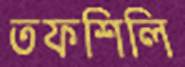
তফশিলি